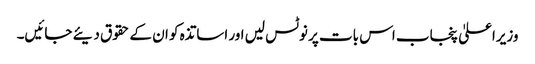
وزیراعلیٰ پنجاب اس بات پر نوٹس لیں اور اساتذہ کو ان کے حقوق دیئے جائیں۔